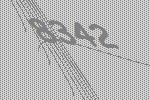
8342